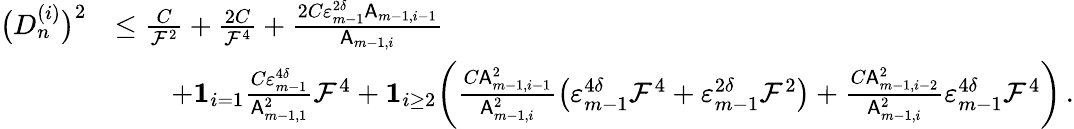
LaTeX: \begin{array}{rl}{\bigl(D_{n}^{(i)}\bigr)^{2}}&{\leq\frac{C}{\mathcal{F}^{2}}+\frac{2C}{\mathcal{F}^{4}}+\frac{2C\varepsilon_{m-1}^{2\delta}\mathsf{A}_{m-1,i-1}}{\mathsf{A}_{m-1,i}}}\\ &{\qquad+{\mathbf 1}_{i=1}\frac{C\varepsilon_{m-1}^{4\delta}}{\mathsf{A}_{m-1,1}^{2}}\mathcal{F}^{4}+{\mathbf 1}_{i\geq 2}\biggl(\frac{C\mathsf{A}_{m-1,i-1}^{2}}{\mathsf{A}_{m-1,i}^{2}}\bigl(\varepsilon_{m-1}^{4\delta}\mathcal{F}^{4}+\varepsilon_{m-1}^{2\delta}\mathcal{F}^{2}\bigr)+\frac{C\mathsf{A}_{m-1,i-2}^{2}}{\mathsf{A}_{m-1,i}^{2}}\varepsilon_{m-1}^{4\delta}\mathcal{F}^{4}\biggr)\, .}\end{array}